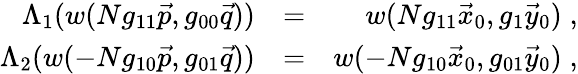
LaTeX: \begin{array}{rlr}{\Lambda_{1}(w(Ng_{11}\vec{p},g_{00}\vec{q}))}&{=}&{w(Ng_{11}\vec{x}_{0},g_{1}\vec{y}_{0})\; ,}\\ {\Lambda_{2}(w(-Ng_{10}\vec{p},g_{01}\vec{q}))}&{=}&{w(-Ng_{10}\vec{x}_{0},g_{01}\vec{y}_{0})\; ,}\end{array}